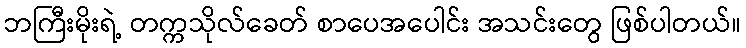
ဘကြီးမိုးရဲ့ တက္ကသိုလ်ခေတ် စာပေအပေါင်း အသင်းတွေ ဖြစ်ပါတယ်။